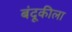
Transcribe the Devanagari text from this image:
बंदूकीला